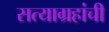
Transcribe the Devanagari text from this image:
सत्याग्रहांची